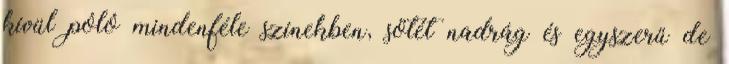
kívül póló mindenféle színekben, sötét nadrág és egyszerű de